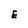
Character: E